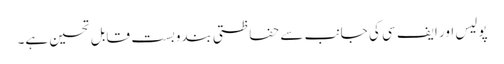
پولیس اور ایف سی کی جانب سے حفاظتی بندوبست قابل تحسین ہے۔